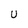
Character: U